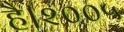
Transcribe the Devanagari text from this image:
है।२००५